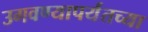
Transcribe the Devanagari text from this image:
उगवण्यापर्यंतच्या